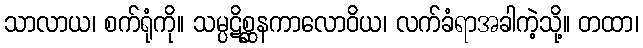
သာလာယ၊ စက်ရုံကို။ သမ္ပဋိစ္ဆနကာလောဝိယ၊ လက်ခံရာအခါကဲ့သို့။ တထာ၊